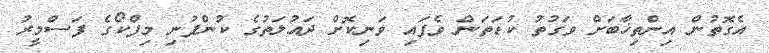
އެގޮތުން އިންތިޚާބަށް ވަގުތު ކުޑަތަން ވެފައި ވަނިކޮށް ދައުލަތުގެ ކުންފުނި މިފްކޯގެ ފަސްމީރު